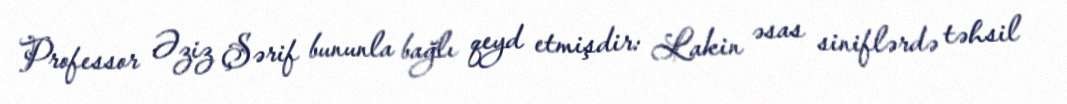
Professor Əziz Şərif bununla bağlı qeyd etmişdir: Lakin əsas siniflərdə təhsil